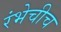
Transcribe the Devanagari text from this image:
रंभेचीच